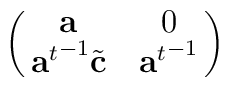
\pmatrix{{\bf a}&{0}\cr {{\bf a}^t}^{-1}{\tilde{\bf c}}&{{\bf a}^t}^{-1}\cr}